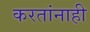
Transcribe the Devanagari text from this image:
करतांनाही